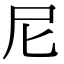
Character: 尼